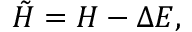
\tilde { H } = H - \Delta E ,